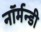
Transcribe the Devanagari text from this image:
नॉर्मन्डी